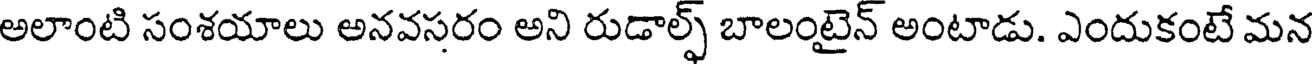
అలాంటి సంశయాలు అనవసరం అని రుడాల్ఫ్ బాలంటైన్ అంటాడు. ఎందుకంటే మన